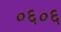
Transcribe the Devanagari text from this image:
०६०६